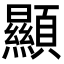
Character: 顯